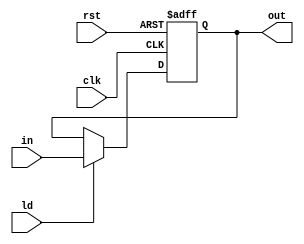
module Pc (in, ld, clk, rst, out);
input [31:0] in; 
input clk, rst, ld; 
output reg [31:0] out;

    always @(posedge clk , posedge rst ) begin
        if (rst == 1'b1)
            out <= 32'b0;
        else if (ld == 1'b1)
            out <= in;
    end
endmodule